Lunatic asylums Punjab 1868-1880 - 1868-1880
Year: 1868
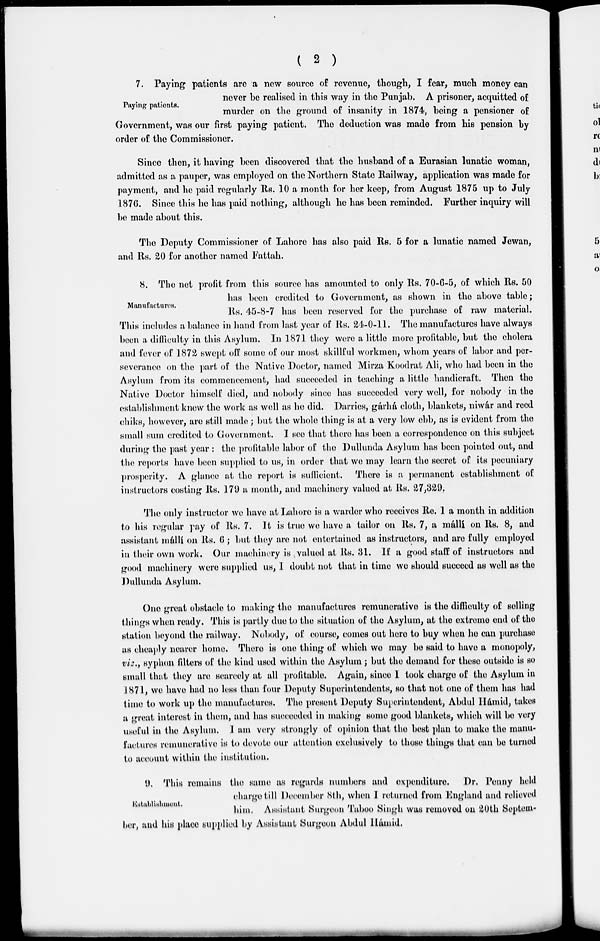
( 2 )
Paying patients.
7. Paying patients are a new source of revenue, though, I fear, much money can
never be realised in this way in the Punjab. A prisoner, acquitted of
murder on the ground of insanity in 1874, being a pensioner of
Government, was our first paying patient. The deduction was made from his pension by
order of the Commissioner.
Since then, it having been discovered that the husband of a Eurasian lunatic woman,
admitted as a pauper, was employed on the Northern State Railway, application was made for
payment, and he paid regularly Rs. 10 a month for her keep, from August 1875 up to July
1876. Since this he has paid nothing, although he has been reminded. Further inquiry will
be made about this.
The Deputy Commissioner of Lahore has also paid Rs. 5 for a lunatic named Jewan,
and Rs. 20 for another named Fattah.
Manufactures.
8. The net profit from this source has amounted to only Rs. 70-6-5, of which Rs. 50
has been credited to Government, as shown in the above table;
Rs. 45-8-7 has been reserved for the purchase of raw material.
This includes a balance in hand from last year of Rs. 24-0-11. The manufactures have always
been a difficulty in this Asylum. In 1871 they were a little more profitable, but the cholera
and fever of 1872 swept off some of our most skillful workmen, whom years of labor and per-
severance on the part of the Native Doctor, named Mirza Koodrat Ali, who had been in the
Asylum from its commencement, had succeeded in teaching a little handicraft. Then the
Native Doctor himself died, and nobody since has succeeded very well, for nobody in the
establishment knew the work as well as he did. Darries, gárhá cloth, blankets, niwár and reed
chiks, however, are still made ; but the whole thing is at a very low ebb, as is evident from the
small sum credited to Government. I see that there has been a correspondence on this subject
during the past year : the profitable labor of the Dullunda Asylum has been pointed out, and
the reports have been supplied to us, in order that we may learn the secret of its pecuniary
prosperity. A glance at the report is sufficient. There is a permanent establishment of
instructors costing Rs. 179 a month, and machinery valued at Rs. 27,329.
The only instructor we have at Lahore is a warder who receives Re. 1 a month in addition
to his regular pay of Rs. 7. It is true we have a tailor on Rs. 7, a mállí on Rs. 8, and
assistant mállí on Rs. 6 ; but they are not entertained as instructors, and are fully employed
in their own work. Our machinery is valued at Rs. 31. If a good staff of instructors and
good machinery were supplied us, I doubt not that in time we should succeed as well as the
Dullunda Asylum.
One great obstacle to making the manufactures remunerative is the difficulty of selling
things when ready. This is partly due to the situation of the Asylum, at the extreme end of the
station beyond the railway. Nobody, of course, comes out here to buy when he can purchase
as cheaply nearer home. There is one thing of which we may be said to have a monopoly,
viz., syphon filters of the kind used within the Asylum ; but the demand for these outside is so
small that they are scarcely at all profitable. Again, since I took charge of the Asylum in
1871, we have had no less than four Deputy Superintendents, so that not one of them has had
time to work up the manufactures. The present Deputy Superintendent, Abdul Hámid, takes
a great interest in them, and has succeeded in making some good blankets, which will be very
useful in the Asylum. I am very strongly of opinion that the best plan to make the manu-
factures remunerative is to devote our attention exclusively to those things that can be turned
to account within the institution.
Establishment.
9. This remains the same as regards numbers and expenditure. Dr. Penny held
charge till December 8th, when I returned from England and relieved
him. Assistant Surgeon Taboo Singh was removed on 20th Septem-
ber, and his place supplied by Assistant Surgeon Abdul Hámid.